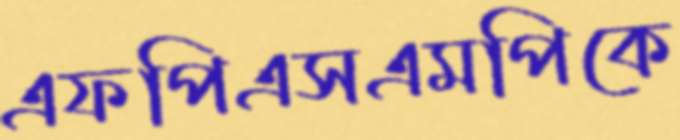
এফপিএসএমপিকে